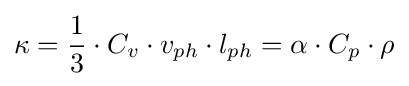
\kappa ={\frac {1}{3}}\cdot C_{v}\cdot v_{ph}\cdot l_{ph}=\alpha \cdot C_{p}\cdot \rho